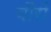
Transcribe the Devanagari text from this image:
बौरों